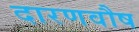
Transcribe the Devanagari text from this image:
दारणवौष